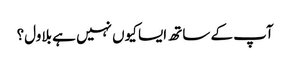
آپ کے ساتھ ایسا کیوں نہیں ہے بلاول؟